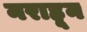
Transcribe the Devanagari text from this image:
नराहून